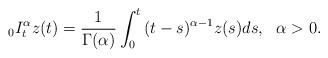
LaTeX: \begin{align*}{}_0I^{\alpha}_tz(t)=\frac{1}{\Gamma(\alpha)}\int^{t}_{0}{(t-s)^{\alpha-1}z(s)ds},~~\alpha>0.\end{align*}